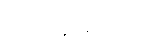
ယခင်နှစ်များက